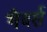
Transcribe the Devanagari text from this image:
गैदर्स